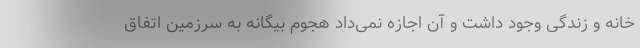
خانه و زندگی وجود داشت و آن اجازه نمی‌داد هجوم بیگانه به سرزمین اتفاق